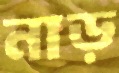
নাড়